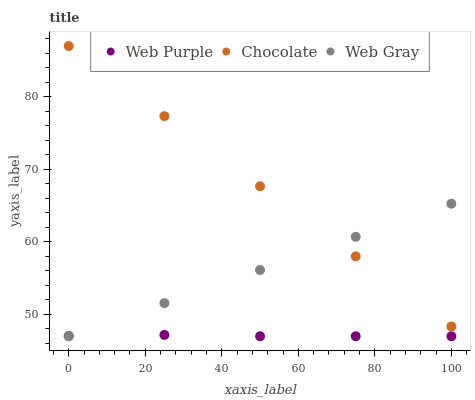
| xaxis_label | Web Purple | Chocolate | Web Gray |
 | --- | --- | --- | --- |
 | 0 | 47 | 87 | 47 |
 | 25 | 47.2 | 77.3 | 51.6 |
 | 50 | 47 | 67.7 | 56.1 |
 | 75 | 47 | 58 | 60.7 |
 | 100 | 47 | 48.3 | 65.3 |